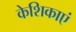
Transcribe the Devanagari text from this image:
केशिकाएं